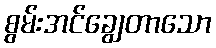
စွမ်းအင်ချွေတာသော